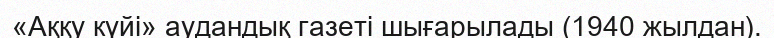
«Аққу күйі» аудандық газеті шығарылады (1940 жылдан).